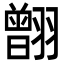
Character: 䎖